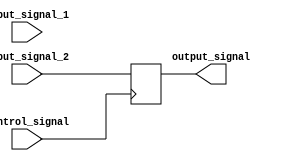
module timing_control_synchronization(
    input wire input_signal_1,
    input wire input_signal_2,
    input wire control_signal,
    output wire output_signal
);

reg output_signal_reg;

always @(posedge control_signal) begin
    if (control_signal == 1'b0) begin
        output_signal_reg <= input_signal_1;
    end else begin
        output_signal_reg <= input_signal_2;
    end
end

assign output_signal = output_signal_reg;

endmodule